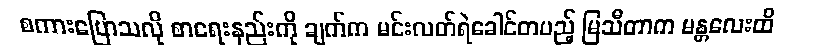
စကားပြောသလို စာရေးနည်းကို ချက်က မင်းလတ်ရဲခေါင်တပည့် မြသီတာက မန္တလေးထိ